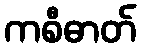
ကစီဓာတ်